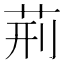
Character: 荊